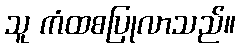
သူ ကံထစပြုလာသည်။